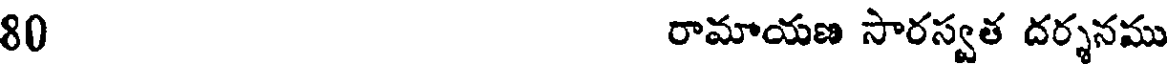
80 రామాయణ సారస్వత దర్శనము